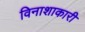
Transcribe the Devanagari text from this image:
विनाशाकारी